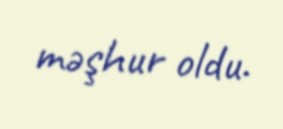
məşhur oldu.